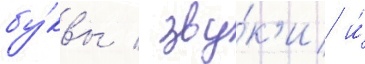
бу́квы / зву́к'и и́